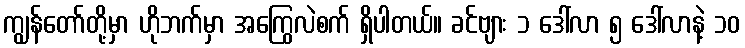
ကျွန်တော်တို့မှာ ဟိုဘက်မှာ အကြွေလဲစက် ရှိပါတယ်။ ခင်ဗျား ၁ ဒေါ်လာ ၅ ဒေါ်လာနဲ့ ၁၀